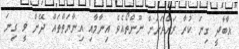
އާބާދީ ގިނަ ކުރާ ރަށްރަށަށް ނޫންތޯއެވެ އިނާމާއި އިނާޔަތްތައް ދޭން ވީ ގިނަ